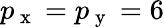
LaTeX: p_{\mathrm{~x~}}=p_{\mathrm{~y~}}=6